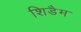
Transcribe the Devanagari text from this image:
शिडैम